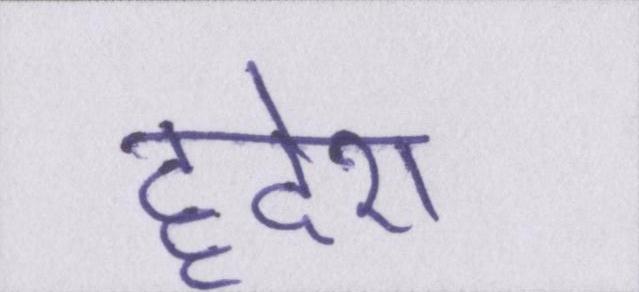
हृदेश